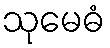
သုမေဓံ